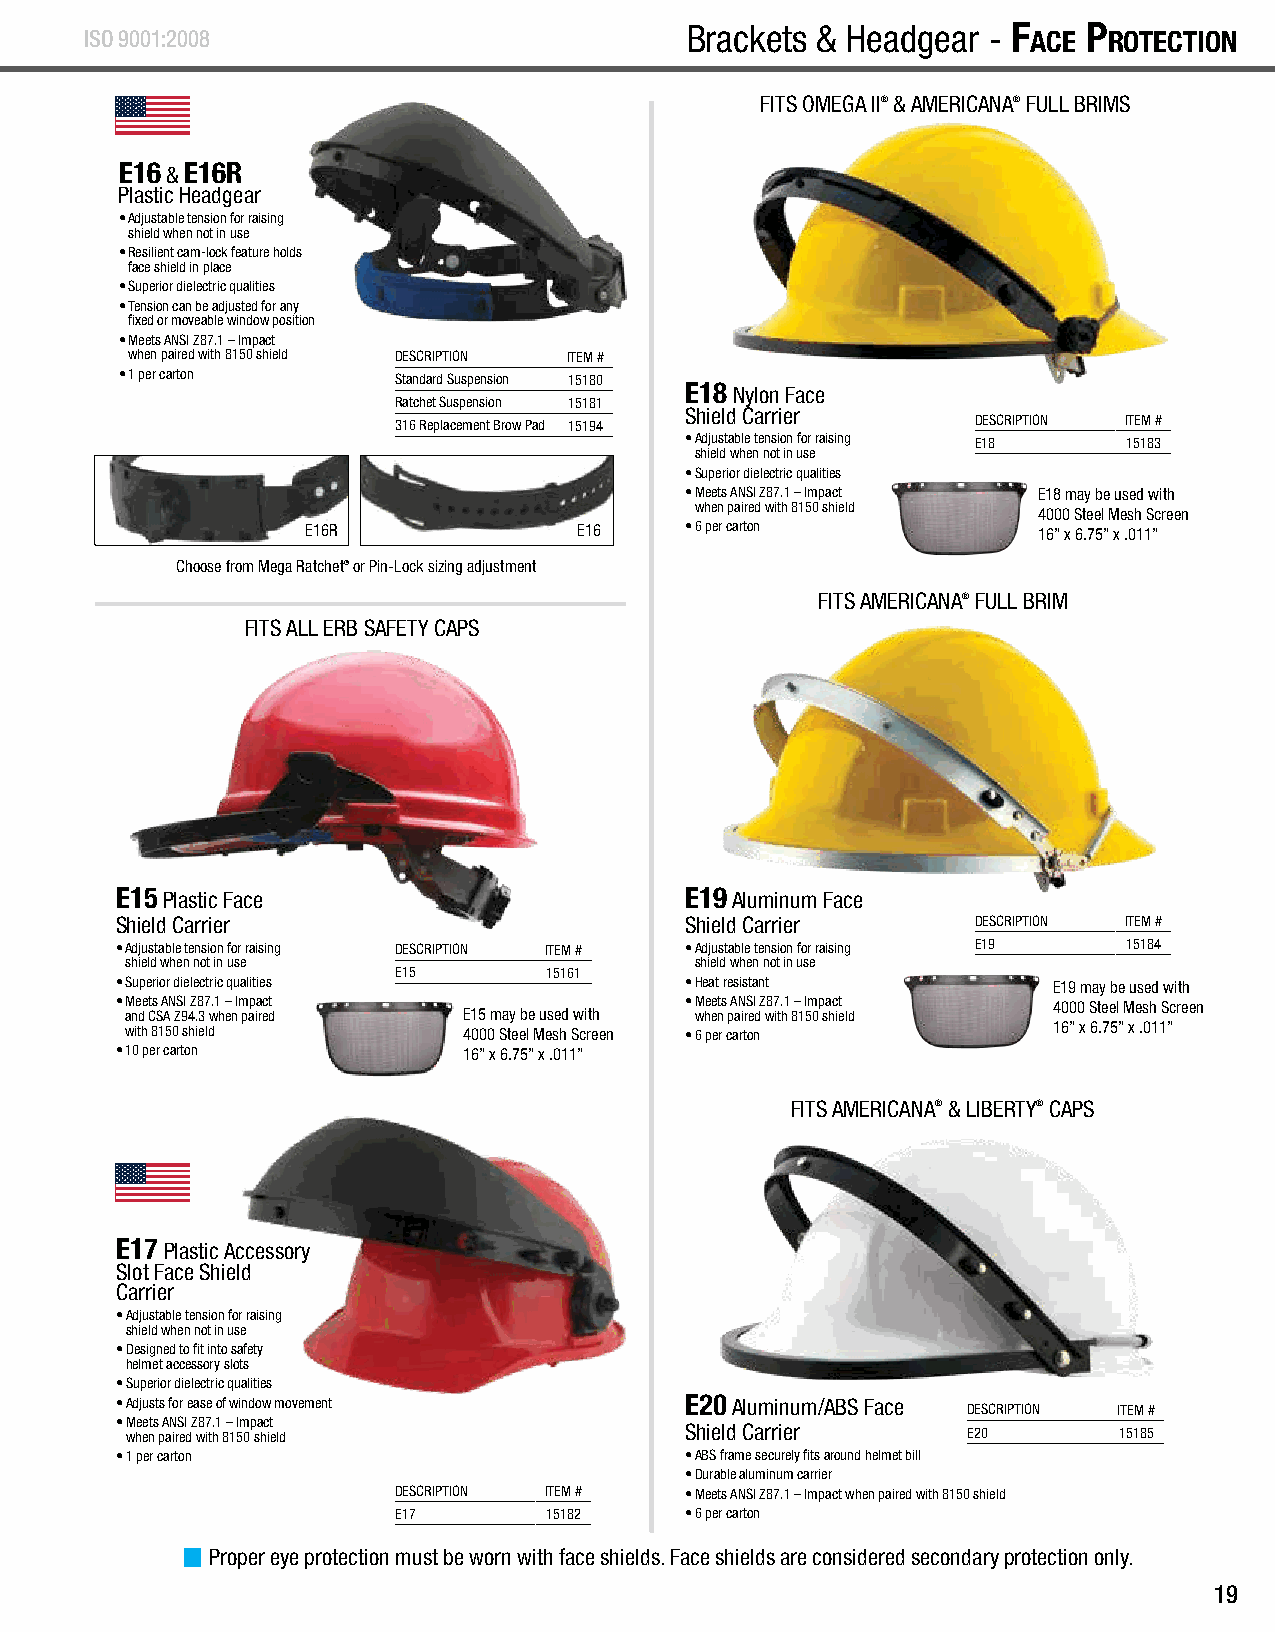
F
 ace
 P
 rotection
 - B
 rackets
 & H
 eadgear ISO 9001:2008
 Brackets & Headgear - F
 ace
 P
 rotection
 FITS OMEGA II® & AMERICANA® FULL BRIMS
 E16 & E16R
 Plastic Headgear
 • Adjustable tension for raising
 shield when not in use
 • Resilient cam-lock feature holds
 face shield in place
 • Superior dielectric qualities
 • Tension can be adjusted for any
 fixed or moveable window position
 • Meets ANSI Z87.1 – Impact
 when paired with 8150 shield DESCRIPTION ITEM #
 • 1 per carton    Standard Suspension 15180
 E18 Nylon Face
 Ratchet Suspension 15181
 Shield Carrier
 316 Replacement Brow Pad 15194         DESCRIPTION ITEM #
 • Adjustable tension for raising E18 15183
 shield when not in use
 • Superior dielectric qualities
 • Meets ANSI Z87.1 – Impact E18 may be used with
 when paired with 8150 shield
 4000 Steel Mesh Screen
 E16R              E16    • 6 per carton          16” x 6.75” x .011”
 Choose from Mega Ratchet® or Pin-Lock sizing adjustment
 FITS AMERICANA® FULL BRIM
 FITS ALL ERB SAFETY CAPS
 E15 Plastic Face                     E19 Aluminum Face
 Shield Carrier                       Shield Carrier      DESCRIPTION ITEM #
 • Adjustable tension for raising DESCRIPTION ITEM # • Adjustable tension for raising E19 15184
 shield when not in use                shield when not in use
 E15       15161
 • Superior dielectric qualities      • Heat resistant         E19 may be used with
 • Meets ANSI Z87.1 – Impact          • Meets ANSI Z87.1 – Impact 4000 Steel Mesh Screen
 and CSA Z94.3 when paired E15 may be used with when paired with 8150 shield
 with 8150 shield       4000 Steel Mesh Screen • 6 per carton  16” x 6.75” x .011”
 • 10 per carton        16” x 6.75” x .011”
 FITS AMERICANA® & LIBERTY® CAPS
 E17 Plastic Accessory
 Slot Face Shield
 Carrier
 • Adjustable tension for raising
 shield when not in use
 • Designed to fit into safety
 helmet accessory slots
 • Superior dielectric qualities
 • Adjusts for ease of window movement E20 Aluminum/ABS Face DESCRIPTION ITEM #
 • Meets ANSI Z87.1 – Impact
 when paired with 8150 shield         Shield Carrier     E20       15185
 • 1 per carton                       • ABS frame securely fits around helmet bill
 • Durable aluminum carrier
 DESCRIPTION ITEM # • Meets ANSI Z87.1 – Impact when paired with 8150 shield
 E17       15182    • 6 per carton
 Proper eye protection must be worn with face shields. Face shields are considered secondary protection only.
 19